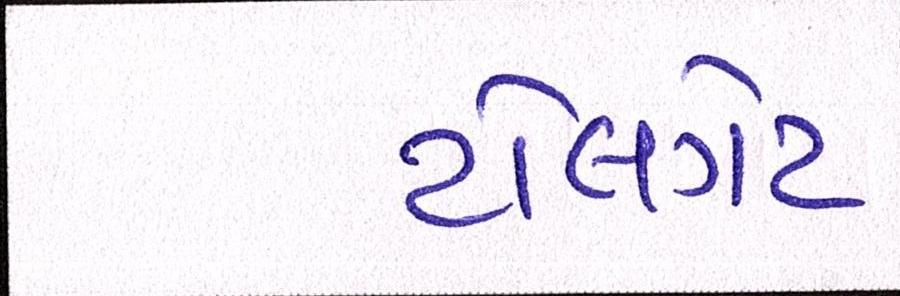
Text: ટોલગેટ